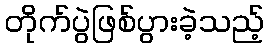
တိုက်ပွဲဖြစ်ပွားခဲ့သည့်